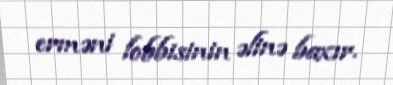
erməni lobbisinin əlinə baxır.